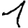
Digit: 1